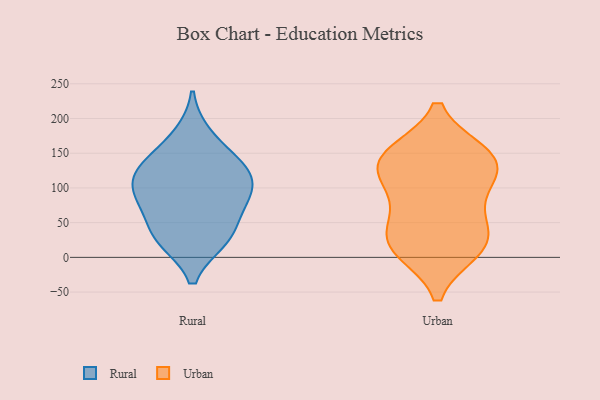
{"axis": {"x": "Humidity (%)", "y": "Value"}, "legend": ["Rural", "Urban"], "data": [{"x": "", "y": 26, "type": "Rural"}, {"x": "", "y": 76, "type": "Rural"}, {"x": "", "y": 92, "type": "Rural"}, {"x": "", "y": 131, "type": "Rural"}, {"x": "", "y": 130, "type": "Rural"}, {"x": "", "y": 85, "type": "Rural"}, {"x": "", "y": 28, "type": "Rural"}, {"x": "", "y": 104, "type": "Rural"}, {"x": "", "y": 131, "type": "Rural"}, {"x": "", "y": 175, "type": "Rural"}, {"x": "", "y": 34, "type": "Rural"}, {"x": "", "y": 113, "type": "Urban"}, {"x": "", "y": 148, "type": "Urban"}, {"x": "", "y": 80, "type": "Urban"}, {"x": "", "y": 11, "type": "Urban"}, {"x": "", "y": 52, "type": "Urban"}, {"x": "", "y": 12, "type": "Urban"}, {"x": "", "y": 135, "type": "Urban"}, {"x": "", "y": 146, "type": "Urban"}, {"x": "", "y": 149, "type": "Urban"}, {"x": "", "y": 29, "type": "Urban"}, {"x": "", "y": 21, "type": "Urban"}, {"x": "", "y": 118, "type": "Urban"}]}